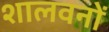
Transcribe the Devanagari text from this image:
शालवनों